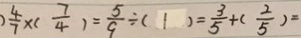
) \frac { 4 } { 7 } \times ( \frac { 7 } { 4 } ) = \frac { 5 } { 9 } \div ( 1 ) = \frac { 3 } { 5 } + ( \frac { 2 } { 5 } ) =